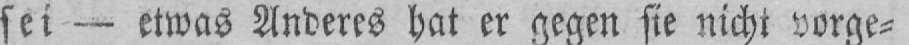
sei - etwas Anderes hat er gegen sie nicht vorge⸗